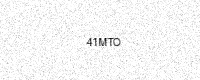
Text: 41MTO